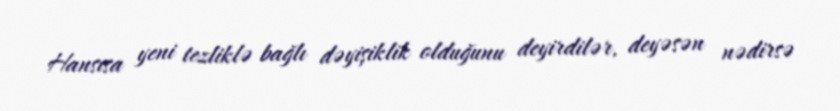
Hansısa yeni tezliklə bağlı dəyişiklik olduğunu deyirdilər, deyəsən nədirsə